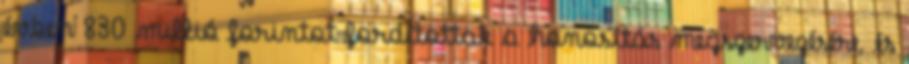
évben 830 millió forintot fordítottak a honosítás megszervezésére, és